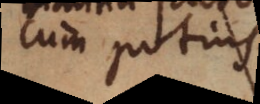
cum potius